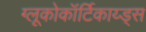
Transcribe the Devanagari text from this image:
ग्लूकोकॉर्टिकाय्ड्स